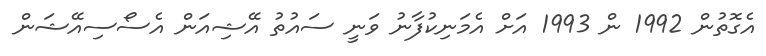
އެގޮތުން 1992 ން 1993 އަށް އެމަނިކުފާނު ވަނީ ސައުތު އޭޝިއަން އެސޯސިއޭޝަން